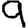
Digit: 9